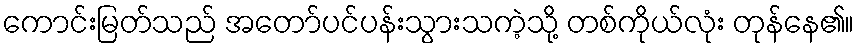
ကောင်းမြတ်သည် အတော်ပင်ပန်းသွားသကဲ့သို့ တစ်ကိုယ်လုံး တုန်နေ၏။